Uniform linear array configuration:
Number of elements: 24
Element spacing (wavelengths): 0.25
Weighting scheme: blackman
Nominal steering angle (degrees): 15
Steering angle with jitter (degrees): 14.736
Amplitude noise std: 0.05
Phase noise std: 0.05

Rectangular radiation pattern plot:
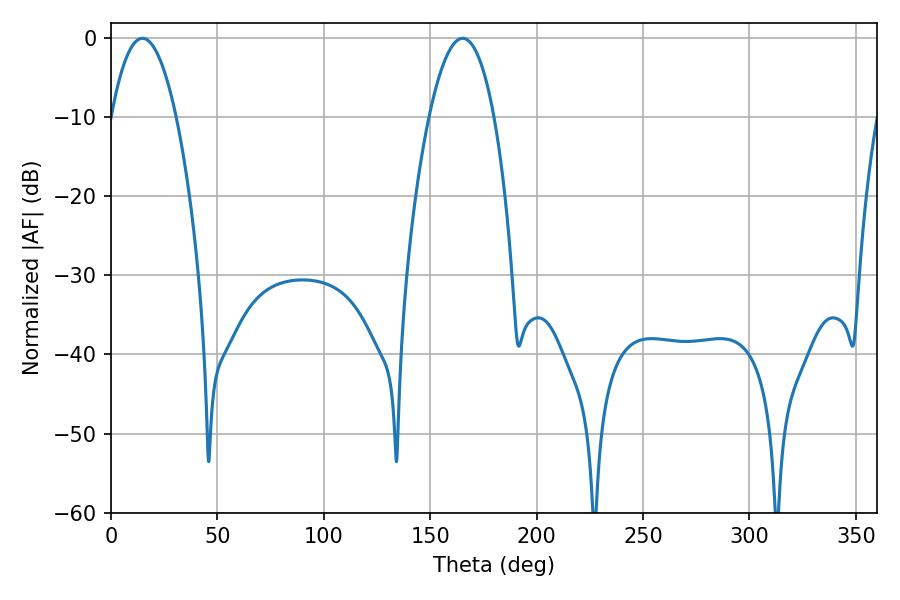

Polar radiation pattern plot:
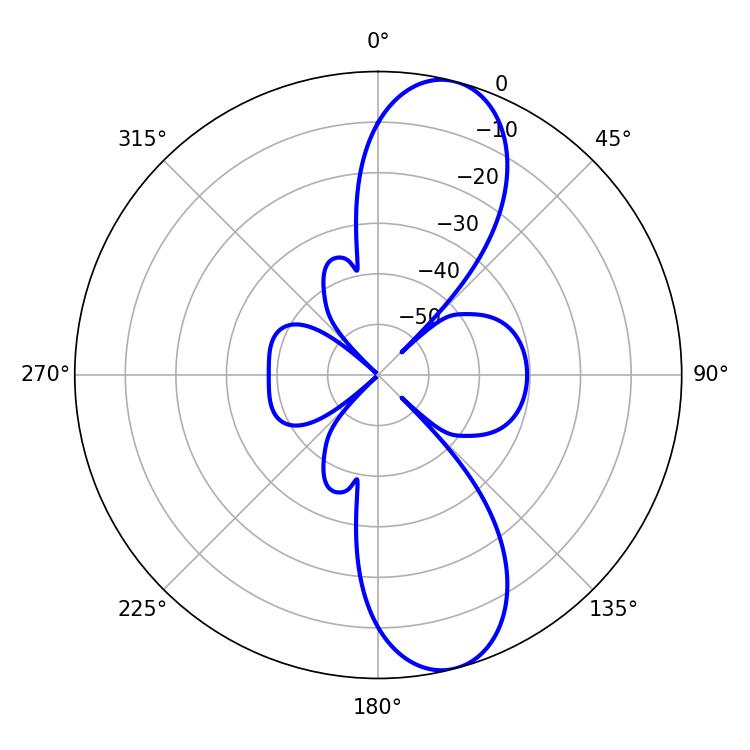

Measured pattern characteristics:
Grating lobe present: FALSE
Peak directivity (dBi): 10.879
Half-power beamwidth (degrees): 16.92
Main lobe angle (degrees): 14.76